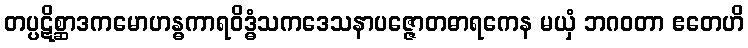
တပ္ပဋိစ္ဆာဒကမောဟန္ဓကာရဝိဒ္ဓံသကဒေသနာပဇ္ဇောတဓာရကေန မယှံ ဘဂဝတာ ဧတေဟိ